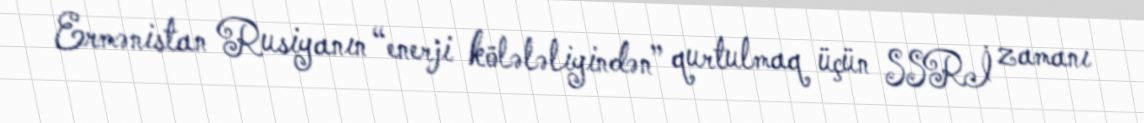
Ermənistan Rusiyanın “enerji kölələliyindən” qurtulmaq üçün SSRİ zamanı